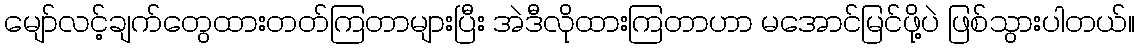
မျော်လင့်ချက်တွေထားတတ်ကြတာများပြီး အဲဒီလိုထားကြတာဟာ မအောင်မြင်ဖို့ပဲ ဖြစ်သွားပါတယ်။